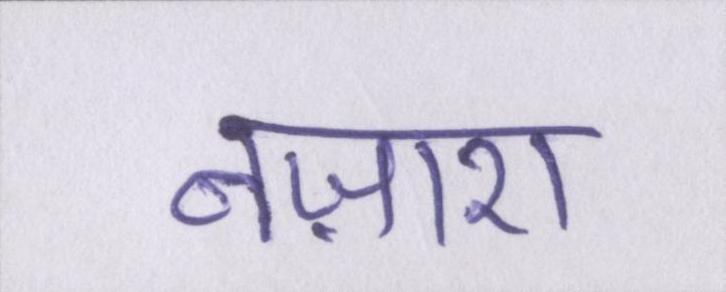
नज़ारा